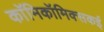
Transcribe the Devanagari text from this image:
काॅमिकॉमिक्सकई